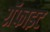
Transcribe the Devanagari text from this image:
ग्रॅफाइट